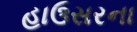
હાઉસરના